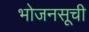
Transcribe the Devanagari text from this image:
भोजनसूची